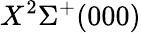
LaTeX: X^{2}\Sigma^{+}(000)